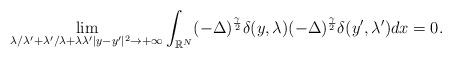
LaTeX: \begin{align*}\displaystyle\lim_{\lambda/\lambda' + \lambda'/\lambda + \lambda\lambda'|y - y'|^2 \to +\infty}\int_{\mathbb{R}^N}(-\Delta)^{\frac{\gamma}{2}}\delta(y, \lambda)(-\Delta)^{\frac{\gamma}{2}}\delta(y', \lambda')dx = 0.\end{align*}